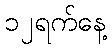
၁၂ရက်နေ့